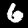
Label: 6